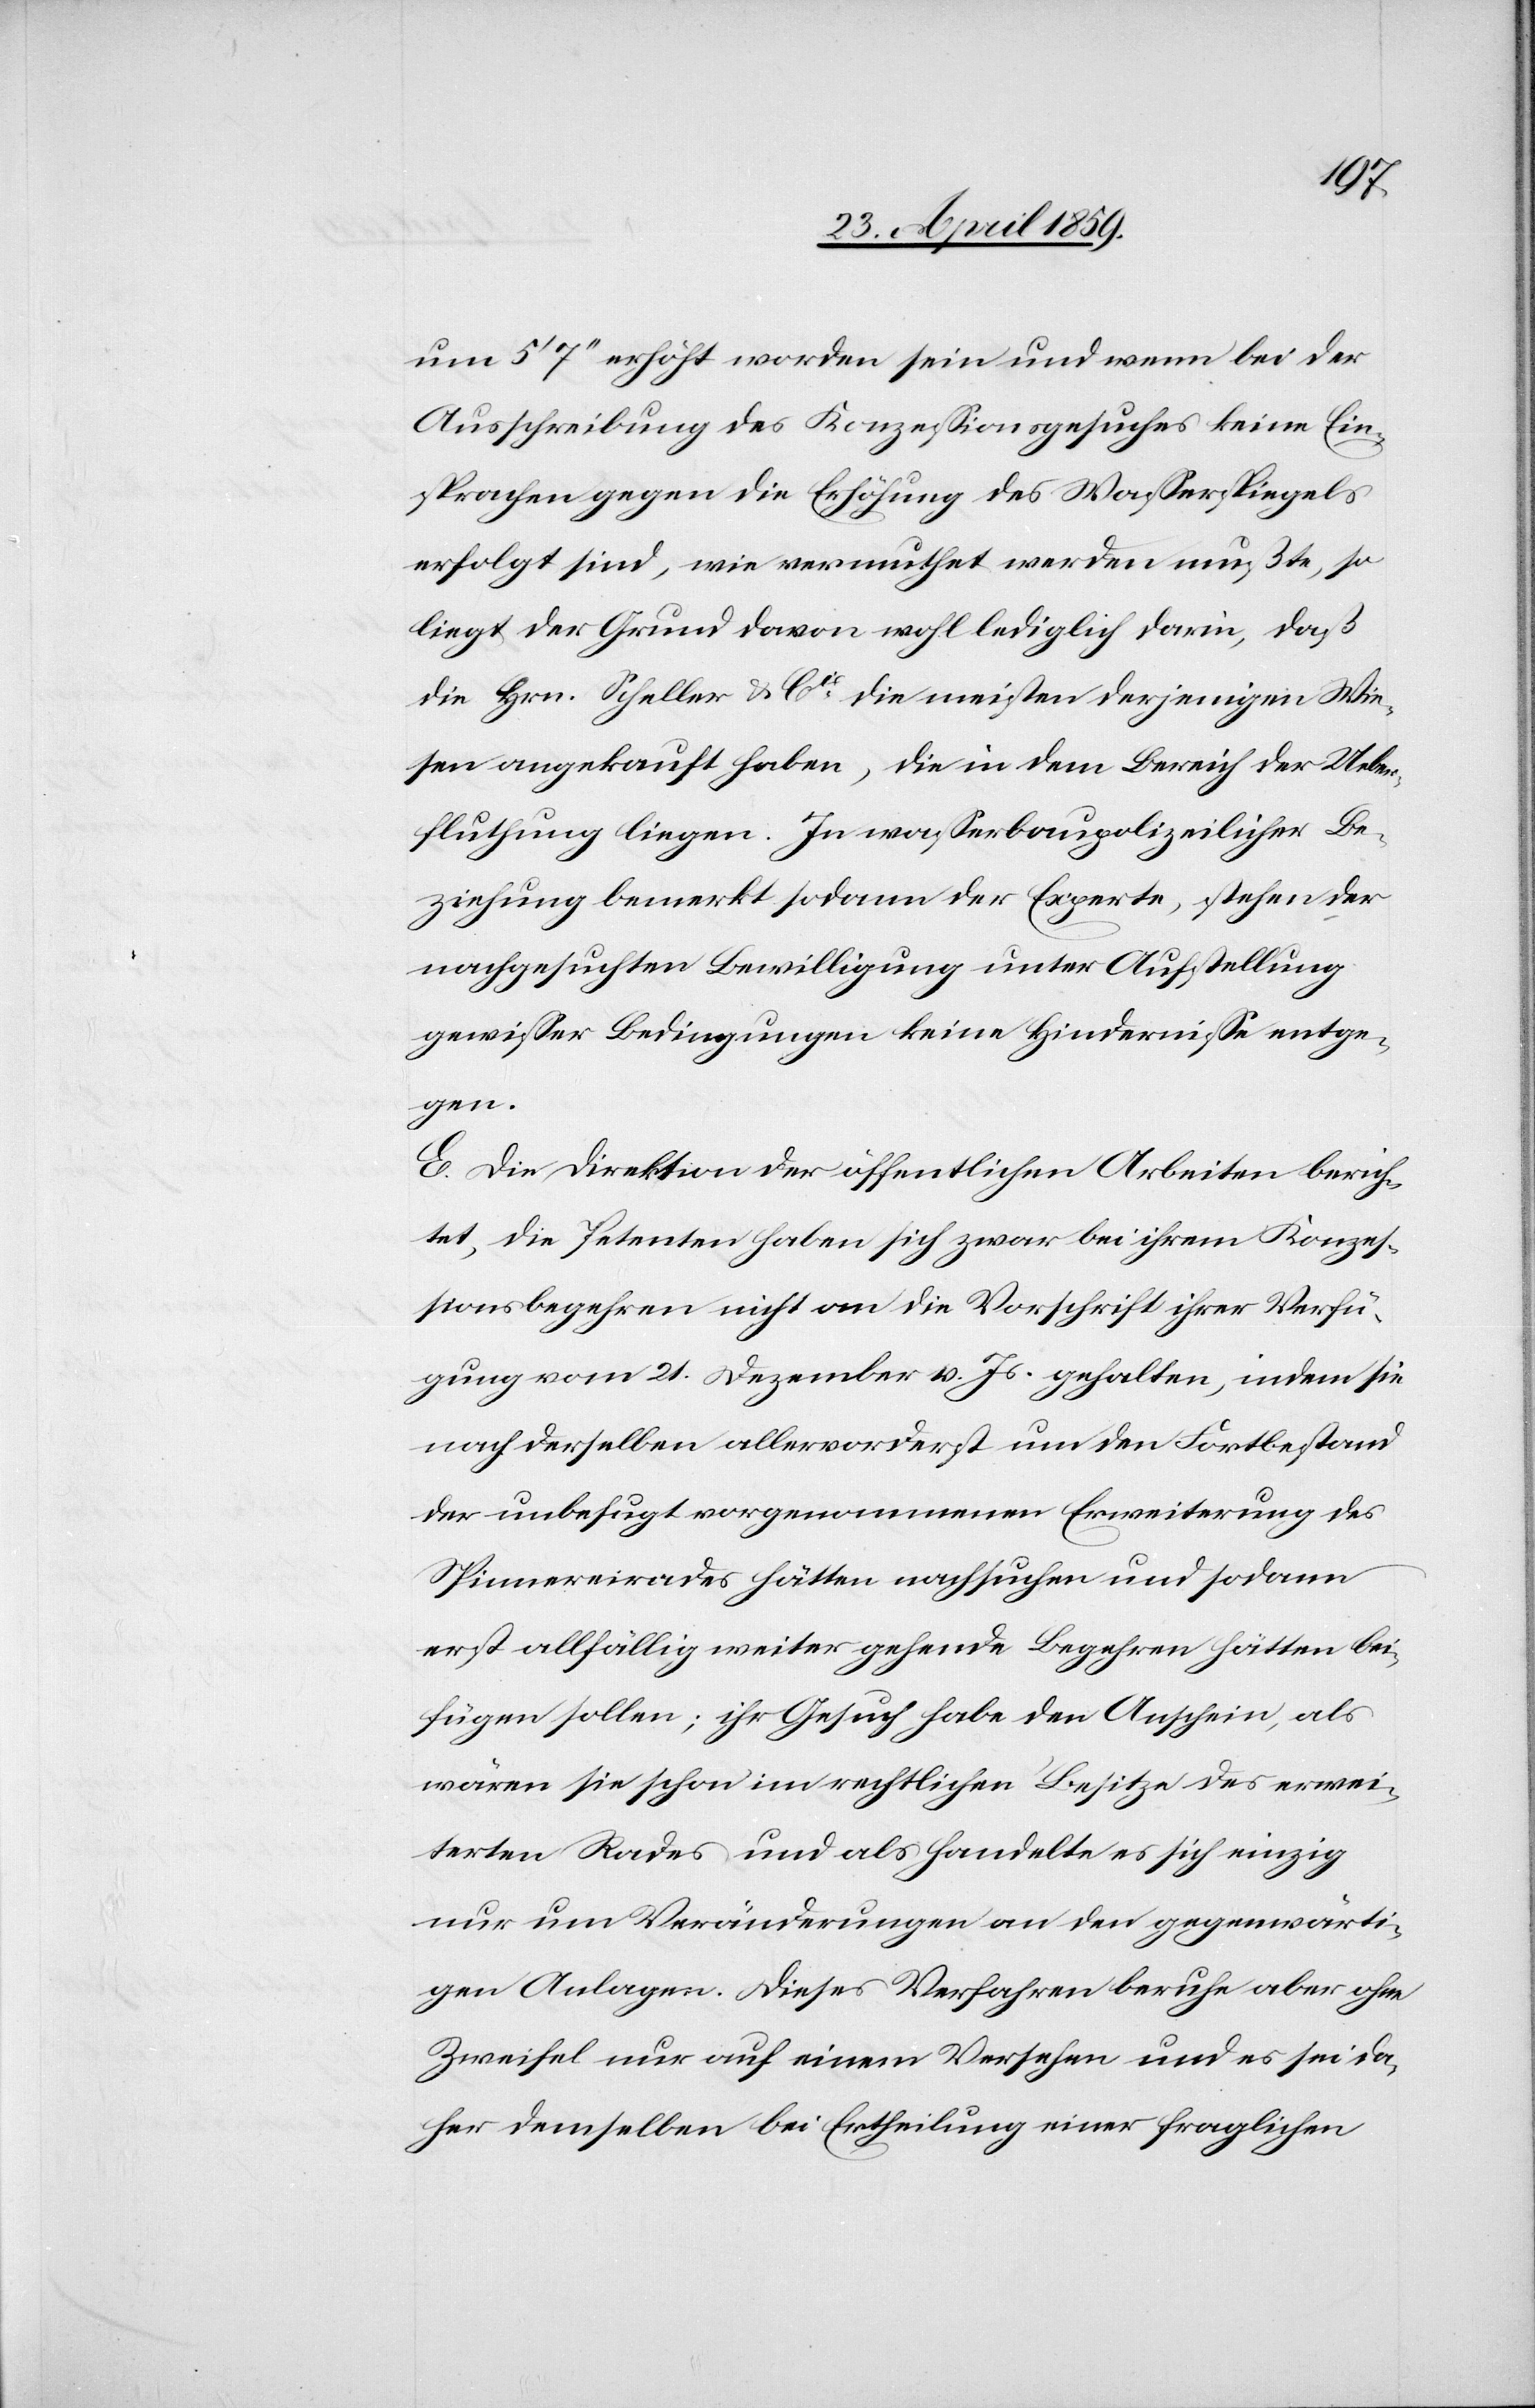
um 5‘ 7‘‘ erhöht worden sein und wenn bei der
Ausschreibung des Konzeßionsgesuches keine Ein¬
sprachen gegen die Erhöhung des Waßerspiegels
erfolgt sind, wie vermuthet werden mußte, so
liegt der Grund davon wohl lediglich darin, daß
die Hrn. Scheller & Cie die meisten derjenigen Wie¬
sen angekauft haben, die in dem Bereich der Ueber¬
fluthung liegen. In waßerbaupolizeilicher Be¬
ziehung bemerkt sodann der Experte, stehen der
nachgesuchten Bewilligung unter Aufstellung
gewißer Bedingungen keine Hinderniße entge¬
gen.
E. Die Direktion der öffentlichen Arbeiten berich¬
tet, die Petenten haben sich zwar bei ihrem Konzeß¬
ionsbegehren nicht an die Vorschrift ihrer Verfü¬
gung vom 21. Dezember v. Js. gehalten, indem sie
nach derselben allervorderst um den Fortbestand
der unbefugt vorgenommenen Erweiterung des
Spinnereirades hätten nachsuchen und sodann
erst allfällig weiter gehende Begehren hätten bei¬
fügen sollen; ihr Gesuch habe den Anschein, als
wären sie schon im rechtlichen Besitze des erwei¬
terten Rades und als handelte es sich einzig
nur um Veränderungen an den gegenwärti¬
gen Anlagen. Dieses Verfahren beruhe aber ohne
Zweifel nur auf einem Versehen und es sei da¬
her demselben bei Ertheilung einer fraglichen